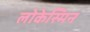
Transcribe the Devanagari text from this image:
लोकेस्मिन